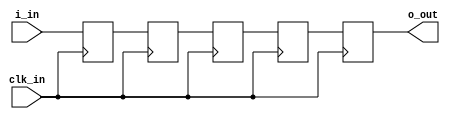
//------------------------------------------------------------------------------
//  (c) Copyright 2013-2015 Xilinx, Inc. All rights reserved.
//
//  This file contains confidential and proprietary information
//  of Xilinx, Inc. and is protected under U.S. and
//  international copyright and other intellectual property
//  laws.
//
//  DISCLAIMER
//  This disclaimer is not a license and does not grant any
//  rights to the materials distributed herewith. Except as
//  otherwise provided in a valid license issued to you by
//  Xilinx, and to the maximum extent permitted by applicable
//  law: (1) THESE MATERIALS ARE MADE AVAILABLE "AS IS" AND
//  WITH ALL FAULTS, AND XILINX HEREBY DISCLAIMS ALL WARRANTIES
//  AND CONDITIONS, EXPRESS, IMPLIED, OR STATUTORY, INCLUDING
//  BUT NOT LIMITED TO WARRANTIES OF MERCHANTABILITY, NON-
//  INFRINGEMENT, OR FITNESS FOR ANY PARTICULAR PURPOSE; and
//  (2) Xilinx shall not be liable (whether in contract or tort,
//  including negligence, or under any other theory of
//  liability) for any loss or damage of any kind or nature
//  related to, arising under or in connection with these
//  materials, including for any direct, or any indirect,
//  special, incidental, or consequential loss or damage
//  (including loss of data, profits, goodwill, or any type of
//  loss or damage suffered as a result of any action brought
//  by a third party) even if such damage or loss was
//  reasonably foreseeable or Xilinx had been advised of the
//  possibility of the same.
//
//  CRITICAL APPLICATIONS
//  Xilinx products are not designed or intended to be fail-
//  safe, or for use in any application requiring fail-safe
//  performance, such as life-support or safety devices or
//  systems, Class III medical devices, nuclear facilities,
//  applications related to the deployment of airbags, or any
//  other applications that could lead to death, personal
//  injury, or severe property or environmental damage
//  (individually and collectively, "Critical
//  Applications"). Customer assumes the sole risk and
//  liability of any use of Xilinx products in Critical
//  Applications, subject only to applicable laws and
//  regulations governing limitations on product liability.
//
//  THIS COPYRIGHT NOTICE AND DISCLAIMER MUST BE RETAINED AS
//  PART OF THIS FILE AT ALL TIMES.
//------------------------------------------------------------------------------


`timescale 1ps/1ps

// *********************************************************************************************************************
// IMPORTANT
// This block is delivered within the example design. If you wish to modify its behavior, be careful to understand the
// existing behavior and the effects of any modifications you may choose to make.
// *********************************************************************************************************************

module gty_64_156_10G_example_bit_synchronizer # (

  parameter INITIALIZE = 5'b00000,
  parameter FREQUENCY  = 512

)(

  input  wire clk_in,
  input  wire i_in,
  output wire o_out

);

  // Use 5 flip-flops as a single synchronizer, and tag each declaration with the appropriate synthesis attribute to
  // enable clustering. Their GSR default values are provided by the INITIALIZE parameter.

  (* ASYNC_REG = "TRUE" *) reg i_in_meta  = INITIALIZE[0];
  (* ASYNC_REG = "TRUE" *) reg i_in_sync1 = INITIALIZE[1];
  (* ASYNC_REG = "TRUE" *) reg i_in_sync2 = INITIALIZE[2];
  (* ASYNC_REG = "TRUE" *) reg i_in_sync3 = INITIALIZE[3];
                           reg i_in_out   = INITIALIZE[4];

  always @(posedge clk_in) begin
    i_in_meta  <= i_in;
    i_in_sync1 <= i_in_meta;
    i_in_sync2 <= i_in_sync1;
    i_in_sync3 <= i_in_sync2;
    i_in_out   <= i_in_sync3;
  end

  assign o_out = i_in_out;


endmodule